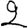
Digit: 2